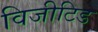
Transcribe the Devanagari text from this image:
विजीटिड